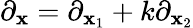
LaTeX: \partial_{\mathbf{x}}=\partial_{\mathbf{x}_{1}}+k\partial_{\mathbf{x}_{2}}